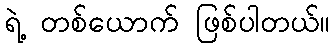
ရဲ့ တစ်ယောက် ဖြစ်ပါတယ်။